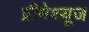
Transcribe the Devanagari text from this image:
प्रीमेथ्यूज